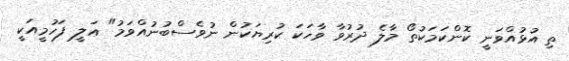
ތި އުޅުއްވަނީ ކޮންކަމަކުތޯ މާލެ ދުރުވާ ވާހަކަ ކުރިޔަކުން ނުވެސްބުނުއްވަމު" ޢަލީ ފަހުމީއަކީ